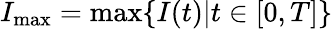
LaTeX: I_{\operatorname*{max}}=\operatorname*{max}\{ I(t)|t\in[0,T]\}